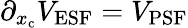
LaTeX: \partial_{x_{\mathrm{c}}}V_{\mathrm{ESF}}=V_{\mathrm{PSF}}